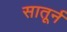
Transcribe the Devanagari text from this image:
सातूर्न